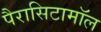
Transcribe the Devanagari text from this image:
पैरासिटामॉल